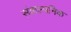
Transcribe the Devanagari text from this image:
संकल्पनिक